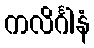
ကလိင်္ဂါနံ